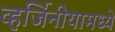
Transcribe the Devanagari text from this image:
व्हर्जिनीयामध्ये